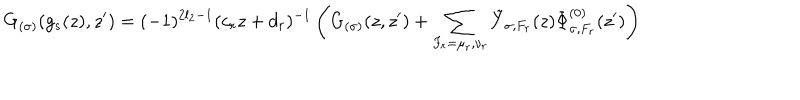
LaTeX: G _ { ( \sigma ) } ( g _ { s } ( z ) , z ^ { \prime } ) = ( - 1 ) ^ { 2 l _ { 2 } - 1 } ( c _ { r } z + d _ { r } ) ^ { - 1 } \left( G _ { ( \sigma ) } ( z , z ^ { \prime } ) + \sum _ { F _ { r } = \mu _ { r } , \nu _ { r } } \tilde { Y } _ { \sigma , F _ { r } } ( z ) \Phi _ { \sigma , { F _ { r } } } ^ { ( 0 ) } ( z ^ { \prime } ) \right)